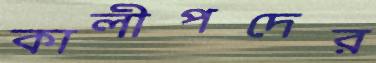
কালীপদের